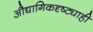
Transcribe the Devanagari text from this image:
औद्यागिकदृष्ट्याही